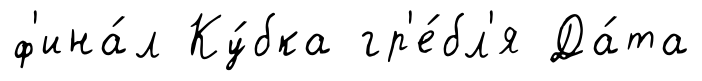
ф'ина́л Ку́бка гр'е́бл'я Да́та